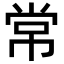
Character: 常